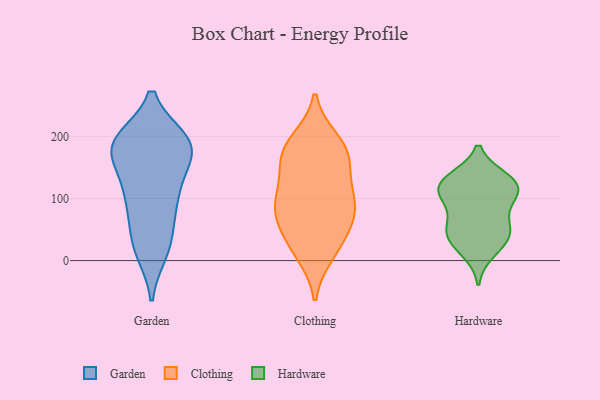
{"axis": {"x": "Operating Costs (USD K)", "y": "Value"}, "legend": ["Clothing", "Garden", "Hardware"], "data": [{"x": "", "y": 182, "type": "Garden"}, {"x": "", "y": 176, "type": "Garden"}, {"x": "", "y": 117, "type": "Garden"}, {"x": "", "y": 115, "type": "Garden"}, {"x": "", "y": 92, "type": "Garden"}, {"x": "", "y": 193, "type": "Garden"}, {"x": "", "y": 190, "type": "Garden"}, {"x": "", "y": 193, "type": "Garden"}, {"x": "", "y": 143, "type": "Garden"}, {"x": "", "y": 24, "type": "Garden"}, {"x": "", "y": 185, "type": "Garden"}, {"x": "", "y": 59, "type": "Garden"}, {"x": "", "y": 187, "type": "Garden"}, {"x": "", "y": 24, "type": "Garden"}, {"x": "", "y": 181, "type": "Garden"}, {"x": "", "y": 15, "type": "Garden"}, {"x": "", "y": 92, "type": "Garden"}, {"x": "", "y": 184, "type": "Clothing"}, {"x": "", "y": 193, "type": "Clothing"}, {"x": "", "y": 38, "type": "Clothing"}, {"x": "", "y": 80, "type": "Clothing"}, {"x": "", "y": 59, "type": "Clothing"}, {"x": "", "y": 11, "type": "Clothing"}, {"x": "", "y": 19, "type": "Clothing"}, {"x": "", "y": 79, "type": "Clothing"}, {"x": "", "y": 169, "type": "Clothing"}, {"x": "", "y": 176, "type": "Clothing"}, {"x": "", "y": 103, "type": "Clothing"}, {"x": "", "y": 135, "type": "Clothing"}, {"x": "", "y": 86, "type": "Clothing"}, {"x": "", "y": 101, "type": "Clothing"}, {"x": "", "y": 158, "type": "Clothing"}, {"x": "", "y": 46, "type": "Hardware"}, {"x": "", "y": 106, "type": "Hardware"}, {"x": "", "y": 130, "type": "Hardware"}, {"x": "", "y": 46, "type": "Hardware"}, {"x": "", "y": 14, "type": "Hardware"}, {"x": "", "y": 127, "type": "Hardware"}, {"x": "", "y": 31, "type": "Hardware"}, {"x": "", "y": 69, "type": "Hardware"}, {"x": "", "y": 117, "type": "Hardware"}, {"x": "", "y": 111, "type": "Hardware"}, {"x": "", "y": 47, "type": "Hardware"}, {"x": "", "y": 100, "type": "Hardware"}, {"x": "", "y": 132, "type": "Hardware"}]}